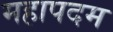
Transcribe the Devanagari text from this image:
महापदम